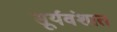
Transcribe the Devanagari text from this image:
सूर्यवंशात